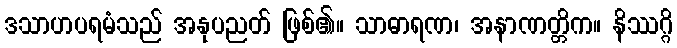
ဒသာဟပရမံသည် အနုပညတ် ဖြစ်၏။ သာဓာရဏ၊ အနာဏတ္တိက။ နိဿဂ္ဂိ